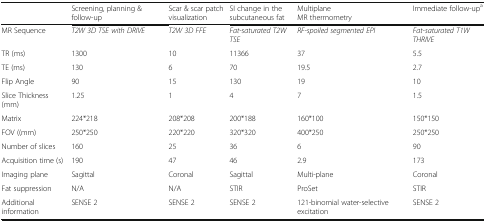
<table><thead><tr><td>[EMPTY_CELL]</td><td><b>Screening, planning &amp; follow-up</b></td><td><b>Scar &amp; scar patch visualization</b></td><td><b>SI change in the subcutaneous fat</b></td><td><b>Multiplane MR thermometry</b></td><td><b>Immediate follow-up<sup>a</sup></b></td></tr></thead><tbody><tr><td>MR Sequence</td><td><i>T2W 3D TSE with DRIVE</i></td><td><i>T2W 3D FFE</i></td><td><i>Fat-saturated T2W TSE</i></td><td><i>RF-spoiled segmented EPI</i></td><td><i>Fat-saturated T1W THRIVE</i></td></tr><tr><td>TR (ms)</td><td>1300</td><td>10</td><td>11366</td><td>37</td><td>5.5</td></tr><tr><td>TE (ms)</td><td>130</td><td>6</td><td>70</td><td>19.5</td><td>2.7</td></tr><tr><td>Flip Angle</td><td>90</td><td>15</td><td>130</td><td>19</td><td>10</td></tr><tr><td>Slice Thickness (mm)</td><td>1.25</td><td>1</td><td>4</td><td>7</td><td>1.5</td></tr><tr><td>Matrix</td><td>224*218</td><td>208*208</td><td>200*188</td><td>160*100</td><td>150*150</td></tr><tr><td>FOV ((mm)</td><td>250*250</td><td>220*220</td><td>320*320</td><td>400*250</td><td>250*250</td></tr><tr><td>Number of slices</td><td>160</td><td>25</td><td>36</td><td>6</td><td>90</td></tr><tr><td>Acquisition time (s)</td><td>190</td><td>47</td><td>46</td><td>2.9</td><td>173</td></tr><tr><td>Imaging plane</td><td>Sagittal</td><td>Coronal</td><td>Sagittal</td><td>Multi-plane</td><td>Coronal</td></tr><tr><td>Fat suppression</td><td>N/A</td><td>N/A</td><td>STIR</td><td>ProSet</td><td>STIR</td></tr><tr><td>Additional information</td><td>SENSE 2</td><td>SENSE 2</td><td>SENSE 2</td><td>121-binomial water-selective excitation</td><td>SENSE 2</td></tr></tbody></table>